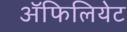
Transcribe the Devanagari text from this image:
अॅफिलियेट